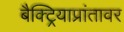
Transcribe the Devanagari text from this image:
बैक्ट्रियाप्रांतावर